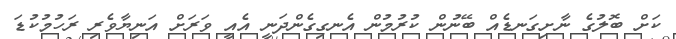
ކަށް ބޮލުގެ ނާށިގަނޑެއް ބޭނުން ކުރުމުން އެނގިގެންދަނީ އެއީ ވަރަށް އަނިޔާވެރި ރަހުމުކުޑަ